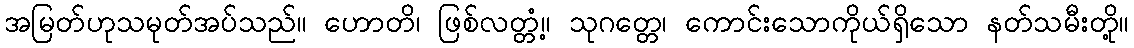
အမြတ်ဟုသမုတ်အပ်သည်။ ဟောတိ၊ ဖြစ်လတ္တံ့။ သုဂတ္တေ၊ ကောင်းသောကိုယ်ရှိသော နတ်သမီးတို့။